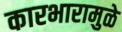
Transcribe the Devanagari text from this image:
कारभारामुळे